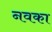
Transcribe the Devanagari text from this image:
नवका